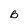
Character: 0